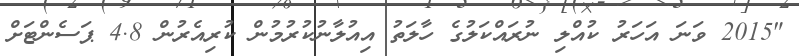
"2015 ވަނަ އަހަރު ކުއްލި ނުރައްކަލުގެ ހާލަތު އިއުލާނުކުރުމުން ކުރިއެރުން 4.8 ޕަސެންޓަށް